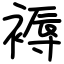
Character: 褥